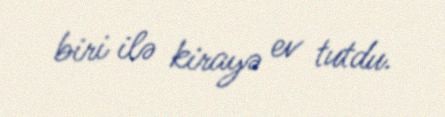
biri ilə kirayə ev tutdu.